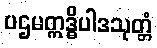
ပဌမဣဒ္ဓိပါဒသုတ္တံ